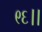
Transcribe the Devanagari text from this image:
९६।।